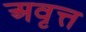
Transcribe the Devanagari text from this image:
अवृत्त